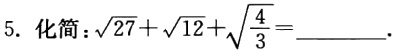
5. 化简：\(\sqrt{27}+\sqrt{12}+\sqrt{\frac{4}{3}}=\underline{\quad\quad}\).